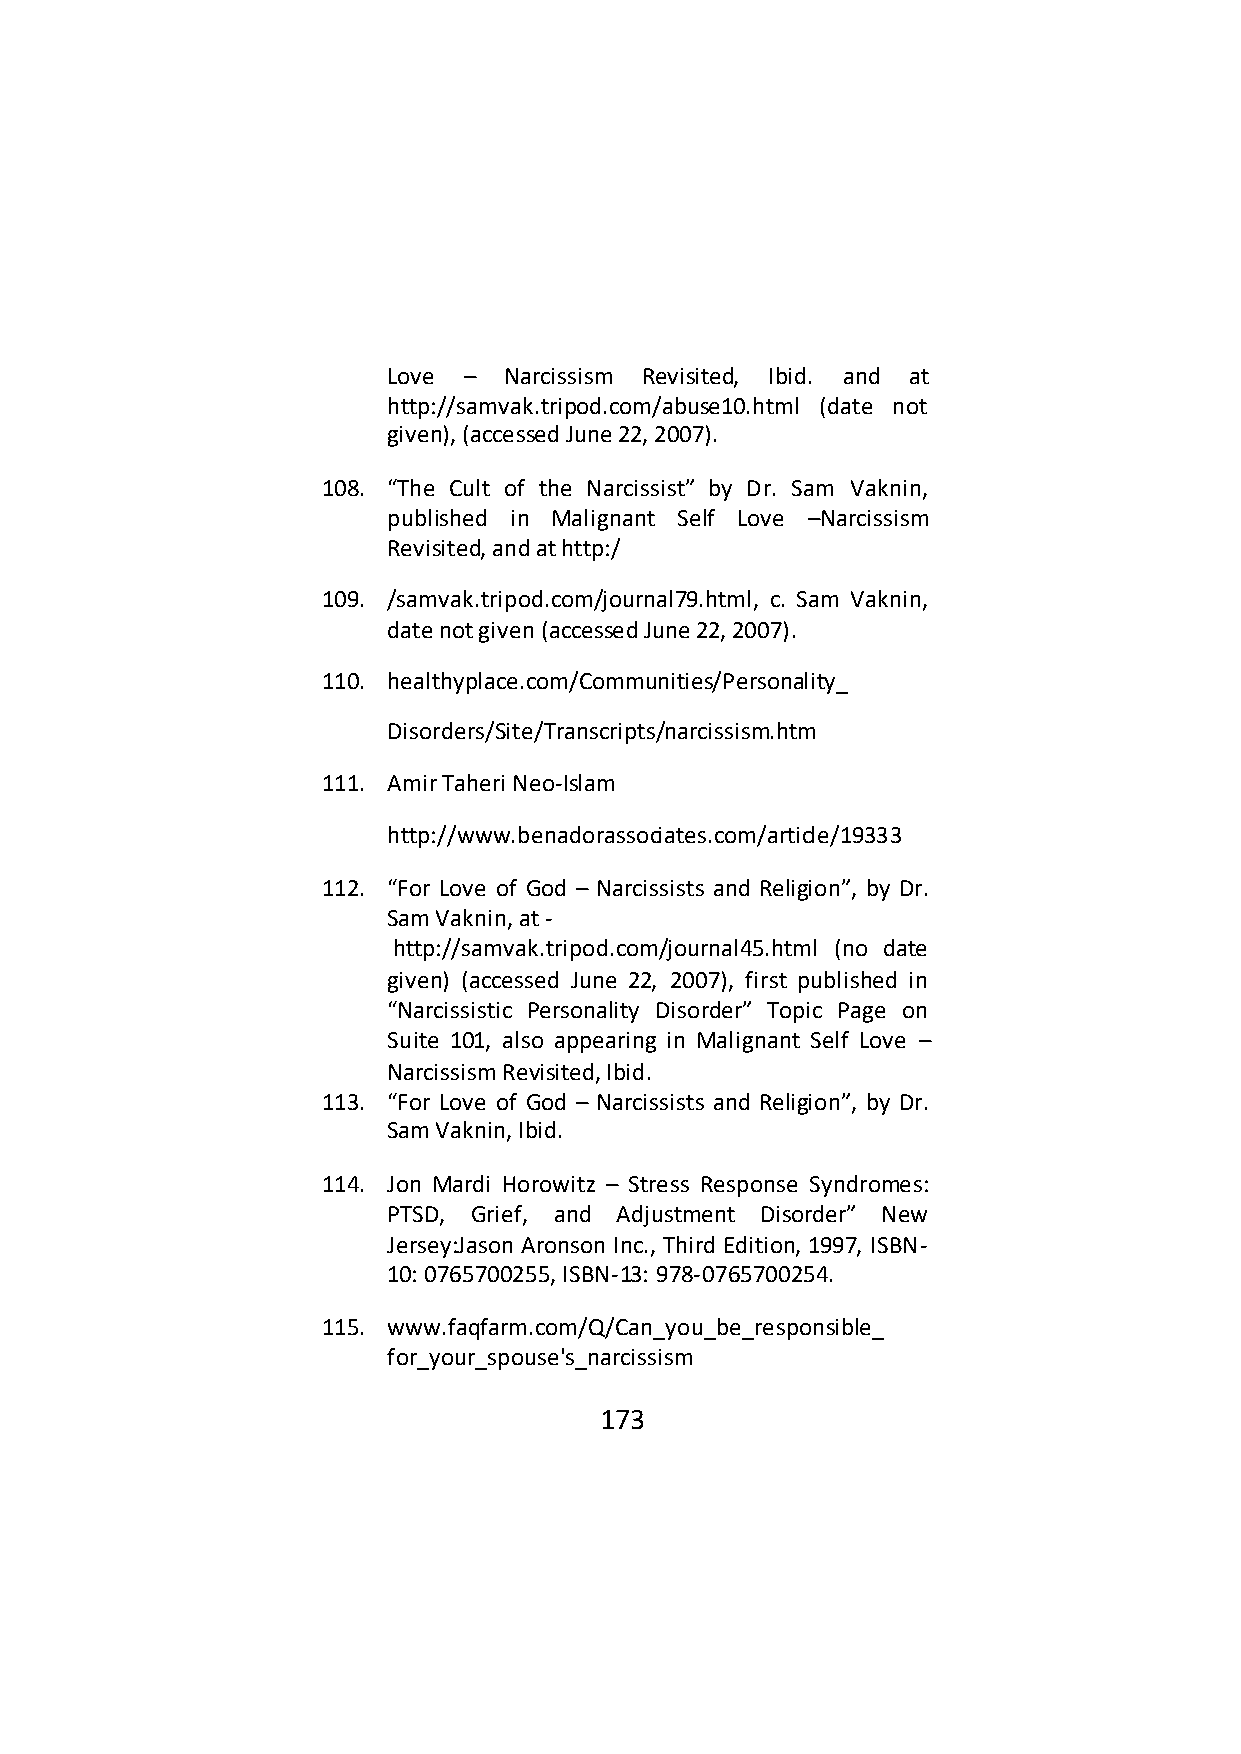
Love – Narcissism Revisited, Ibid. and at
 http://samvak.tripod.com/abuse10.html (date not
 given), (accessed June 22, 2007).
 108. “The Cult of the Narcissist” by Dr. Sam Vaknin,
 published in Malignant Self Love –Narcissism
 Revisited, and at http:/
 109. /samvak.tripod.com/journal79.html, c. Sam Vaknin,
 date not given (accessed June 22, 2007).
 110. healthyplace.com/Communities/Personality_
 Disorders/Site/Transcripts/narcissism.htm
 111. Amir Taheri Neo-Islam
 http://www.benadorassociates.com/article/19333
 112. “For Love of God – Narcissists and Religion”, by Dr.
 Sam Vaknin, at -
 http://samvak.tripod.com/journal45.html (no date
 given) (accessed June 22, 2007), first published in
 “Narcissistic Personality Disorder” Topic Page on
 Suite 101, also appearing in Malignant Self Love –
 Narcissism Revisited, Ibid.
 113. “For Love of God – Narcissists and Religion”, by Dr.
 Sam Vaknin, Ibid.
 114. Jon Mardi Horowitz – Stress Response Syndromes:
 PTSD, Grief, and Adjustment Disorder” New
 Jersey:Jason Aronson Inc., Third Edition, 1997, ISBN-
 10: 0765700255, ISBN-13: 978-0765700254.
 115. www.faqfarm.com/Q/Can_you_be_responsible_
 for_your_spouse's_narcissism
 173